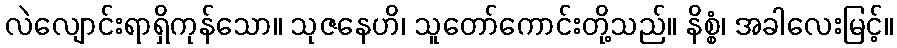
လဲလျောင်းရာရှိကုန်သော။ သုဇနေဟိ၊ သူတော်ကောင်းတို့သည်။ နိစ္စံ၊ အခါလေးမြင့်။